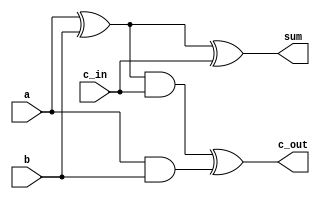
`timescale 1ns / 1ps


module Full_Adder(sum, c_out, a, b, c_in);
//dimensions and size
input a, b, c_in;
output sum, c_out;

//wires
wire s1,c1,s2;

//logic discription
//  sum
xor xor1(s1, a, b);
xor xor2(sum, s1, c_in);
// c_out
and and1(c1, a, b);
and and2(s2, s1, c_in);
xor xor3(c_out, s2, c1);

endmodule